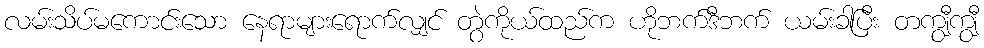
လမ်းသိပ်မကောင်းသော နေရာများရောက်လျှင် တွဲကိုယ်ထည်က ဟိုဘက်ဒီဘက် ယမ်းခါပြီး တကျွီကျွီ